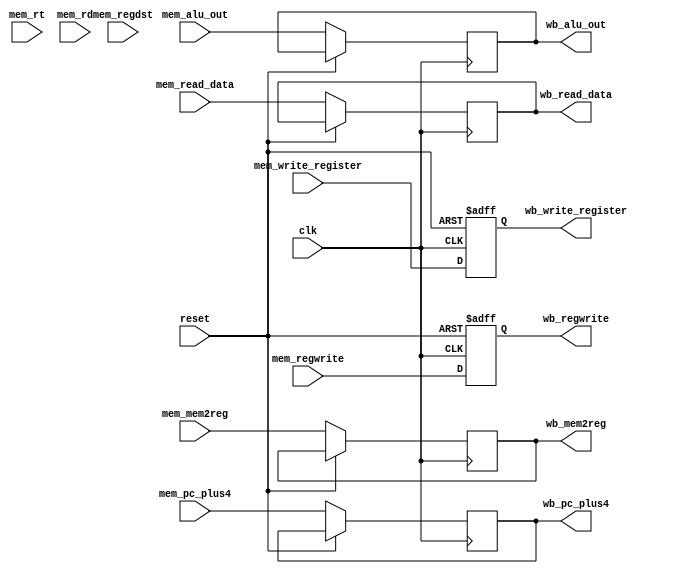
`timescale 1ns / 1ps
//////////////////////////////////////////////////////////////////////////////////
// Company: 
// Engineer: 
// 
// Design Name: 
// Module Name: MEM_WB
// Project Name: 
// Target Devices: 
// Tool Versions: 
// Description: 
// 
// Dependencies: 
// 
// Revision:
// Revision 0.01 - File Created
// Additional Comments:
// 
//////////////////////////////////////////////////////////////////////////////////


module MEM_WB(
        input wire clk,
        input wire reset,
        
        //input wire[31:0]mem_instruction,
        input wire[4:0]mem_write_register,
        input wire mem_regwrite,
        input wire[1:0] mem_regdst,
        input wire[1:0] mem_mem2reg,
        input wire[4:0]mem_rt,
        input wire[4:0]mem_rd,
        input wire[31:0] mem_pc_plus4,
        input wire[31:0]mem_alu_out,
        input wire[31:0]mem_read_data,
        
       //output reg[31:0]wb_instruction,
        output reg wb_regwrite,
        output reg[1:0] wb_mem2reg,
        output reg[4:0]wb_write_register,
        output reg [31:0] wb_pc_plus4,
        output reg[31:0]wb_alu_out,
        output reg[31:0]wb_read_data
        
    );
    
    
    always@(posedge clk or posedge reset)
    if(reset)begin
        wb_regwrite <= 0;
        wb_write_register <=0;
    end
    else begin
       // assign IDWrite_register = (IDRegDst == 2'b00)? IDInstruction[20:16]: (IDRegDst == 2'b01)? IDInstruction[15:11]: 5'b11111;
//        case(mem_regdst)
//            2'b00:wb_write_register<=mem_rt;
//            2'b01:wb_write_register<=mem_rd;
//            default wb_write_register<=5'b11111;
//            endcase
        wb_write_register <= mem_write_register;
        wb_regwrite <= mem_regwrite;
        wb_mem2reg <= mem_mem2reg;
        wb_pc_plus4 <= mem_pc_plus4;
        wb_alu_out <= mem_alu_out;
        wb_read_data <= mem_read_data;
        //wb_instruction <= mem_instruction;
    end
    
    
    
endmodule